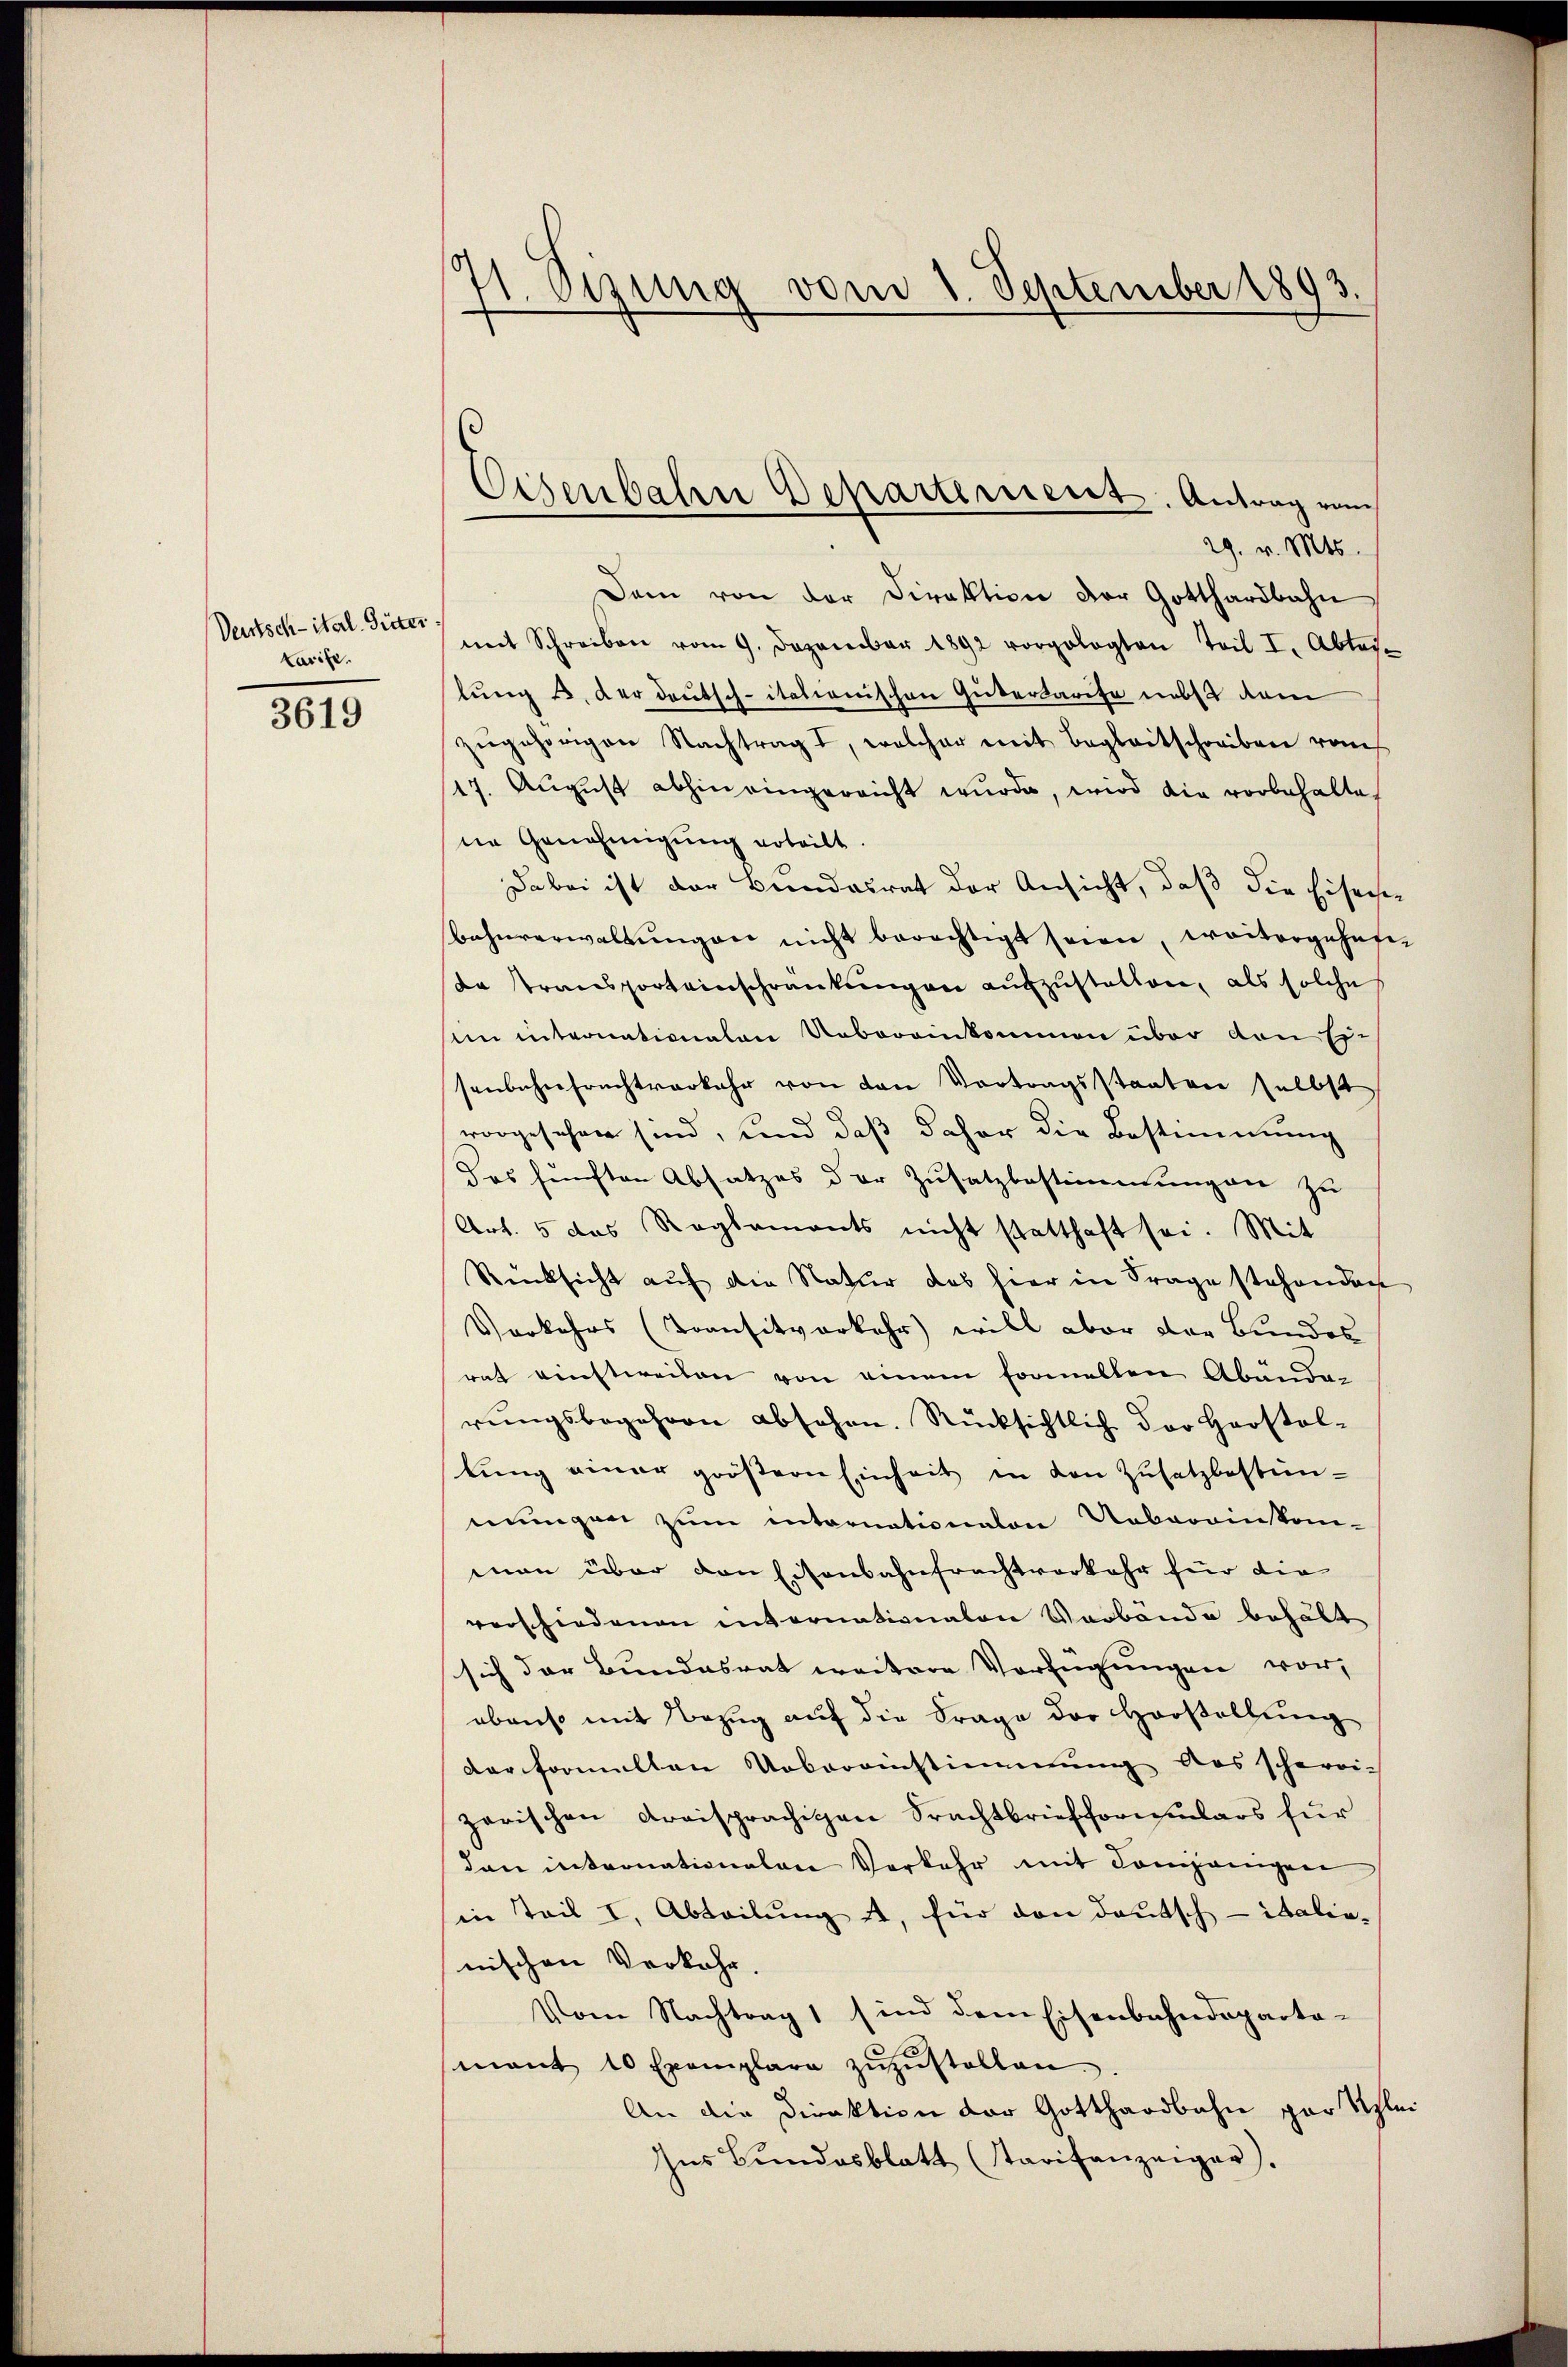
Deutsch-ital. Güter
karise.

3619

11. Sezung vom 1. September 1893

29. v. Mts.
Dam von der Direktion der Gotthardbahn
mit Schreiben vom 9. Dezember 1892 vorgelegten Teil I. Abtei-
lŭng u. der deutsch-itationischen Gütertarife nebst dem
zŭgehörigen Nachtrag I, welcher mit Begleitschreiben von
17. Aŭgŭst abhin eingereicht wurde, wird die vorbehalte
ne Genehmigung erteilt.
Dabei ist der Bundesrat der Ansicht, daß die Eisachen
Bahnverwaltŭngen nicht berechtigt seien, weitergehefte Transporteinschränkungen aufzustellen, als solche
im internationalen Uebereinkommen über den Ei-
senbahnfrachtverkehr von von Vortragsstaaten selbst
vorgesehen sind, und daß daher die Bestimmung
das fünften Absatzes der Zŭsatzbestimmungen zu
Art. 5 das Reglements nicht statthaft sei. Mit
Rüksicht aŭf die Natur das hier in Frage stehenden
Vorkehrs (Transitverkehr will aber der Bundes
rat einstweilen von einem formellen Abänden
rŭngsbegehren absehen. Rücksichtlich der Haostol-
lŭng einer größern Einheit in den Zŭsatzbestim-
mungen zum internationalen Uebereinkom-
man über den Eisenbahnfrachtverkehr für die
verschiedenen internationalen Verbände behält
sich der Bundesrat weitere Verfügungen vor,
ebenso mit Bezug auf die Frage der Horstellung
der formellen Uebereinstimmung des scherei-
zerischen dreisprächigen Frachtbriefformulars für
dan internationalen Vorkehr mit Companigen
in Teil I, Abteilŭng A, für den deutsch - italis-
nischen Verkehr.
Vom Nachtrag sind dem Eisenbahndeparta-
mant 10 Exemplare zŭzŭstellen.
An die Direktion der Gotthardbahn par Schlei¬
Ins Bŭndesblatt Tarifanzeiger).

Eisenbahn Departement. Antrag vom